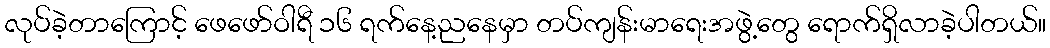
လုပ်ခဲ့တာကြောင့် ဖေဖော်ဝါရီ ၁၆ ရက်နေ့ညနေမှာ တပ်ကျန်းမာရေးအဖွဲ့တွေ ရောက်ရှိလာခဲ့ပါတယ်။